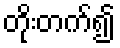
တိုးတက်၍